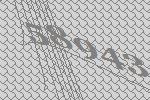
58943